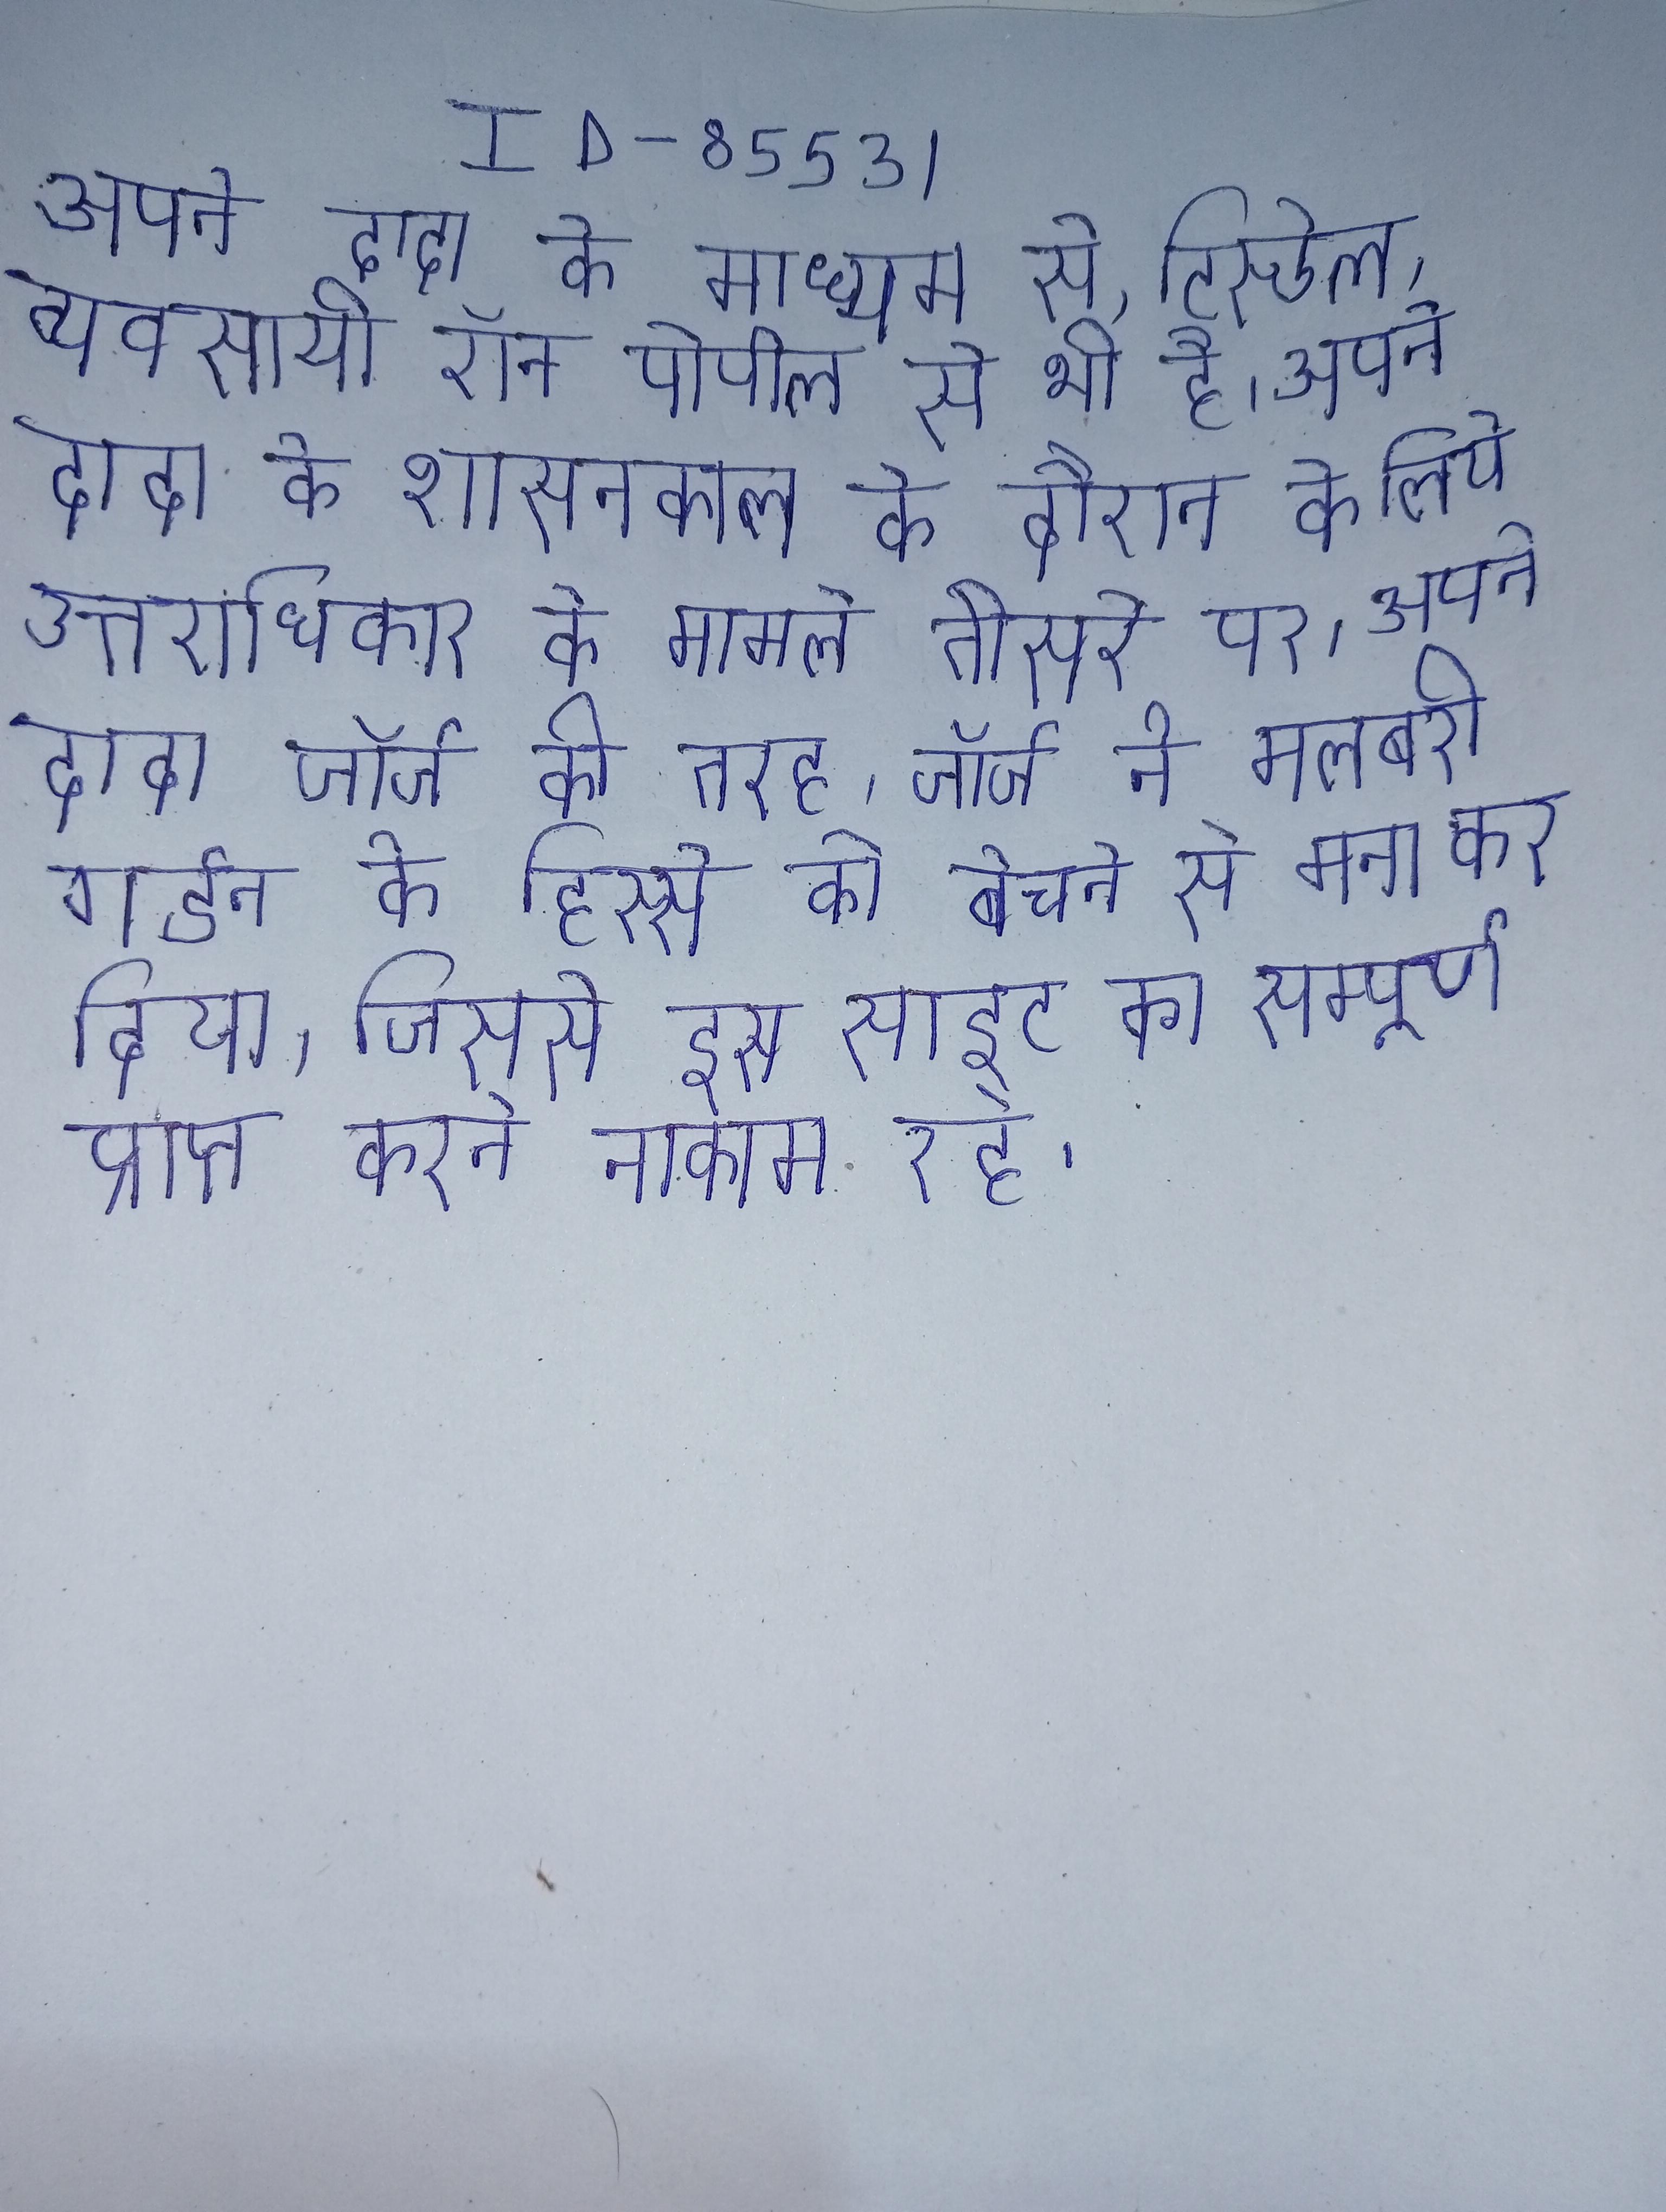
अपने दादा के माध्यम से, टिस्डेल, व्यवसायी रॉन पोपील से भी है । अपने दादा के शासनकाल के दौरान के लिये उत्तराधिकार के मामले तीसरे पर । अपने दादा जॉर्ज की तरह, जॉर्ज ने मलबरी गार्डन के हिस्से को बेचने से मना कर दिया, जिससे इस साइट का सम्पूर्ण प्राप्त करने नाकाम रहे .